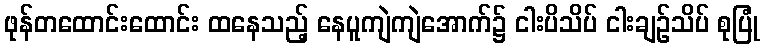
ဖုန်တထောင်းထောင်း ထနေသည့် နေပူကျဲကျဲအောက်၌ ငါးပိသိပ် ငါးချဉ်သိပ် စုပြုံ